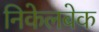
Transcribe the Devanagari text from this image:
निकेलबेक